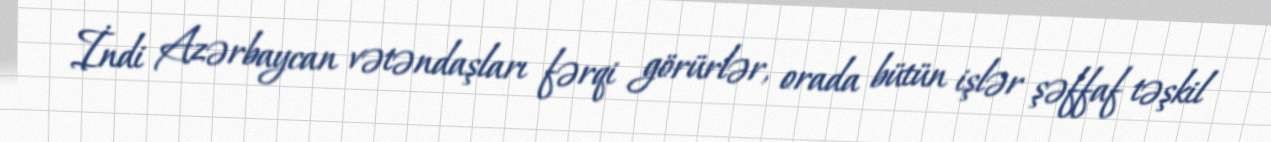
İndi Azərbaycan vətəndaşları fərqi görürlər, orada bütün işlər şəffaf təşkil